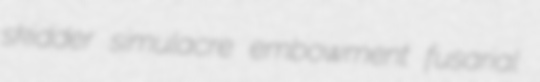
skidder simulacre embowment fusarial